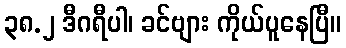
၃၈.၂ ဒီဂရီပါ၊ ခင်ဗျား ကိုယ်ပူနေပြီ။